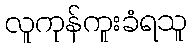
လူကုန်ကူးခံရသူ